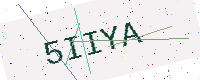
Text: 5IIYA